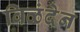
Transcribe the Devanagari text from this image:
विळंदेन